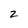
Character: 2